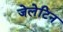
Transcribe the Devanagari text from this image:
जेलेटिन